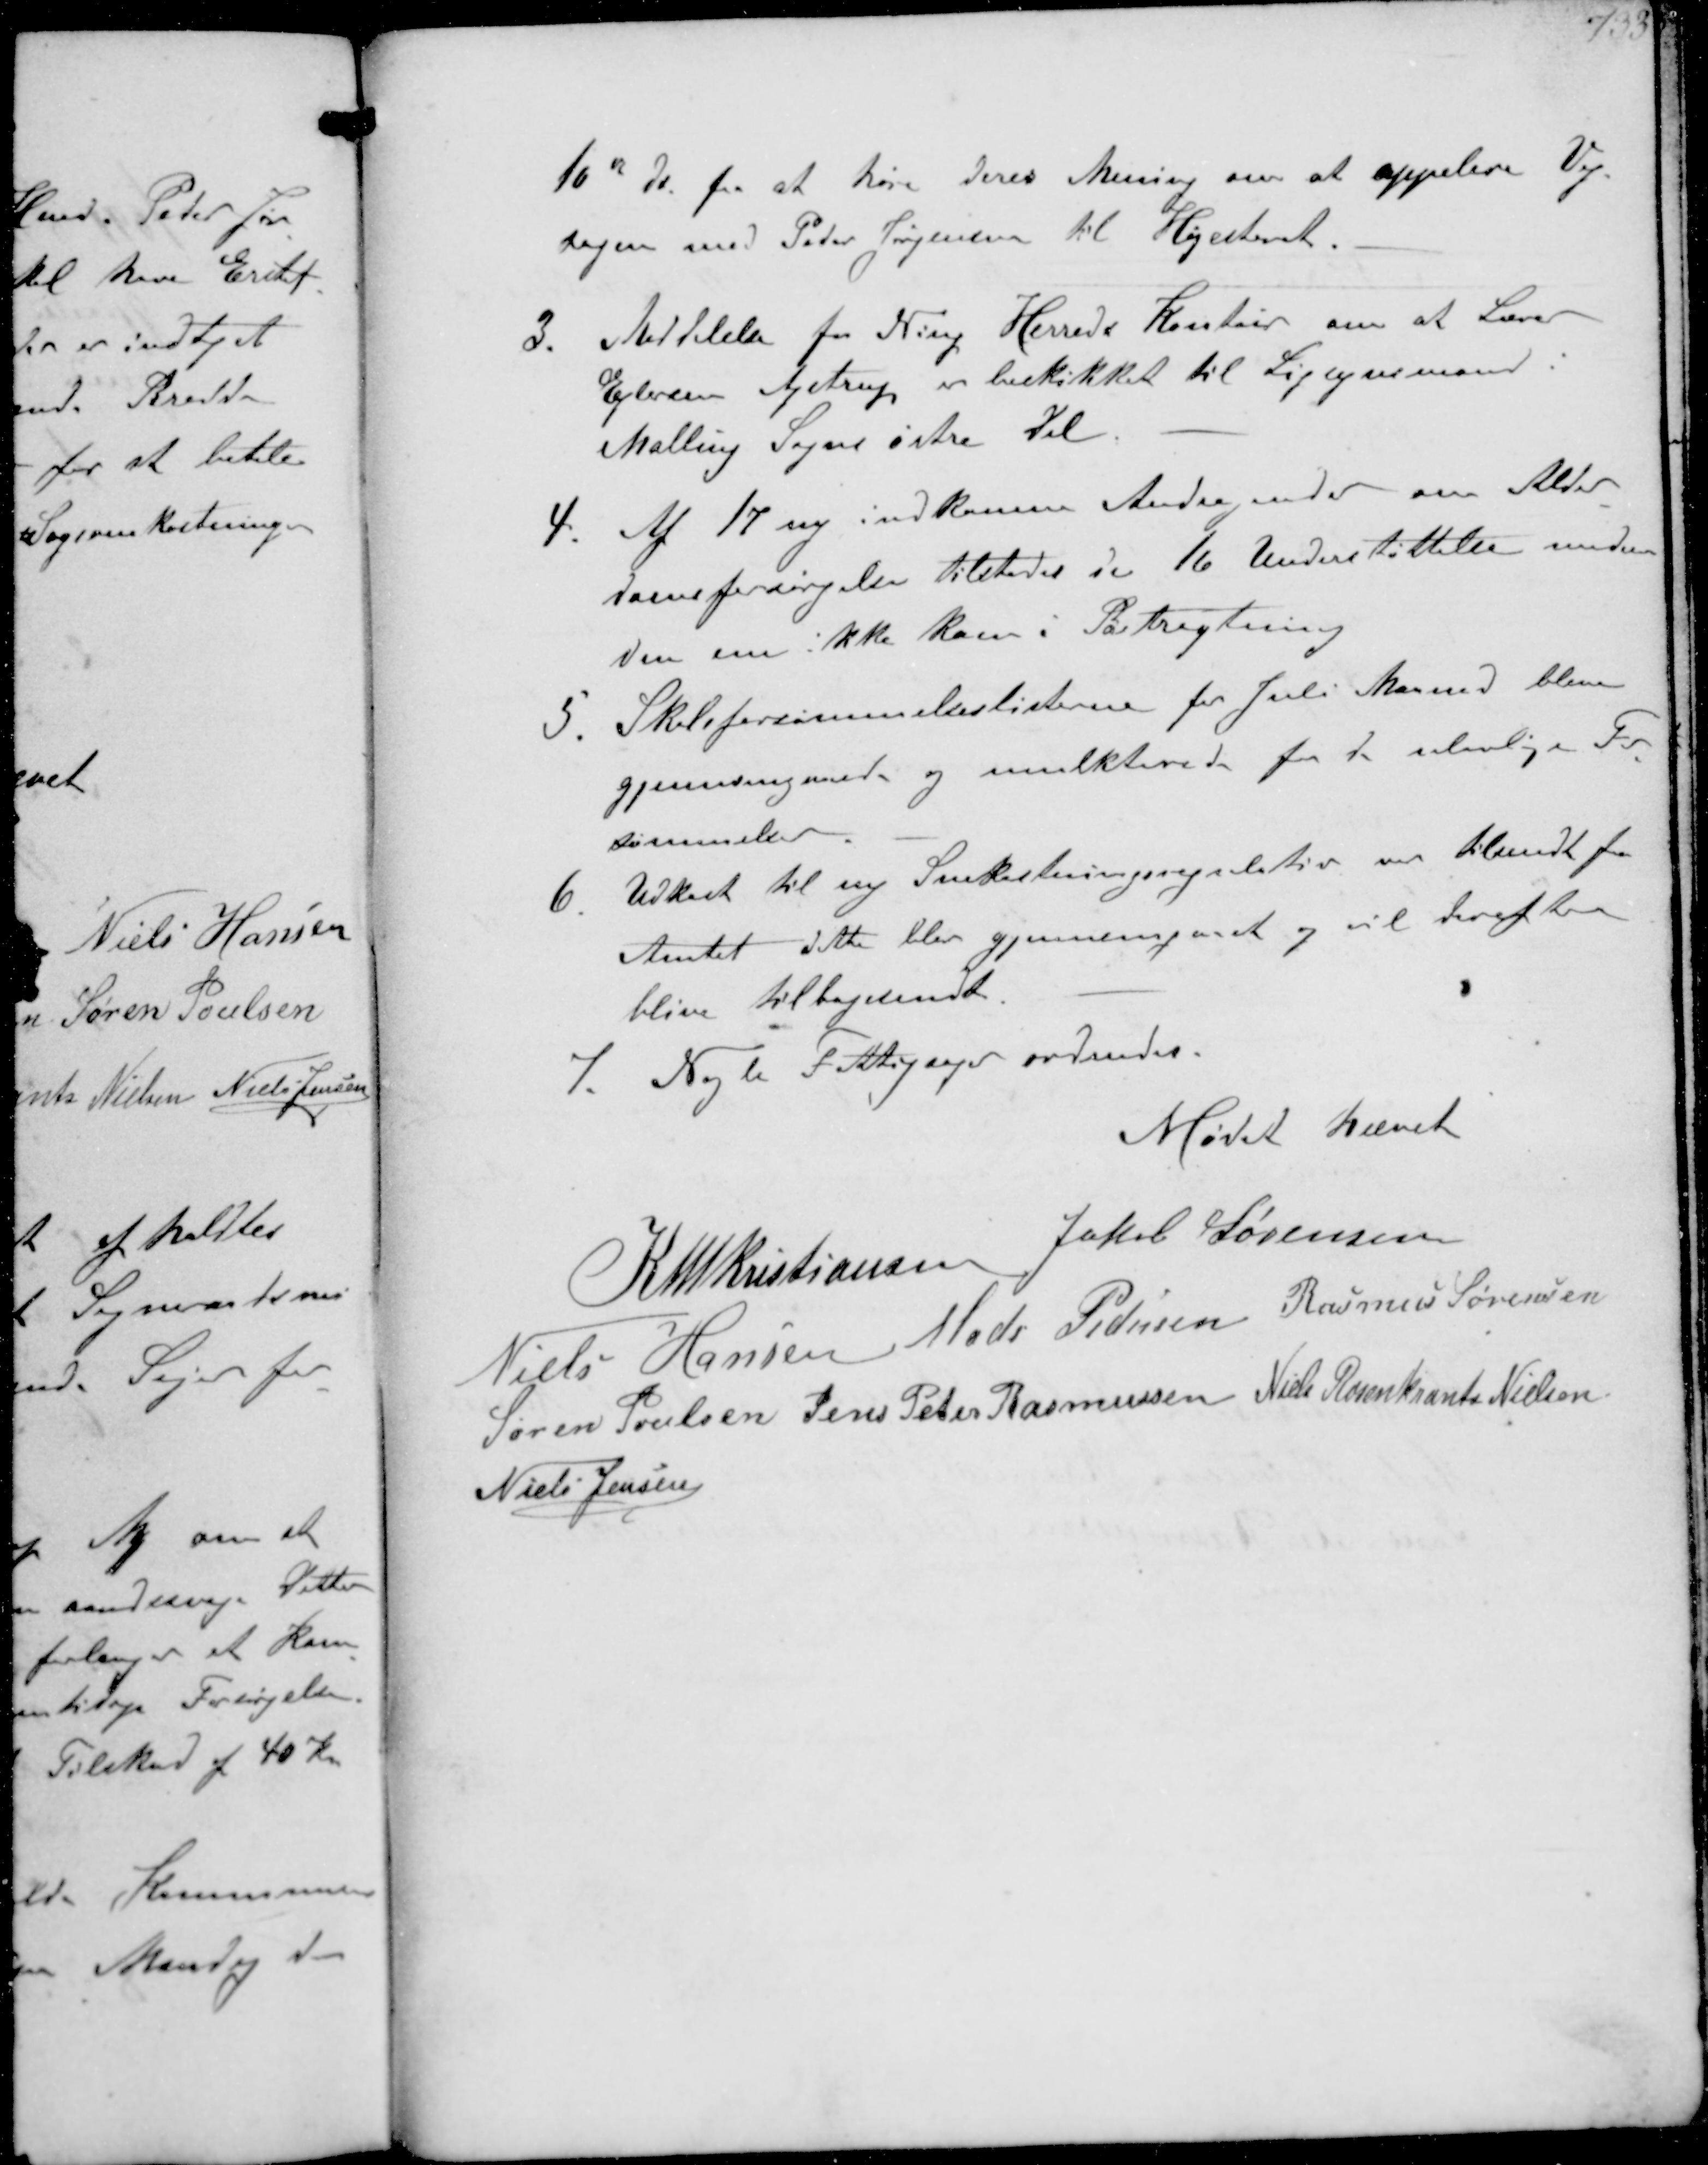
Transskription:
16d ds for at høre Deres Mening om at appelere Vej-
sagen med Peter Jørgensen til Højesteret
3. Meddelelse fra Ning Herreds Kontor om at Lærer
Ejlersen Ajstrup er beskikket til Ligsynsmand i
Mallings Sogns østre Del
4 Af 17 ny indkomne Andragender om Alder-
domsforsørgelse tilstedes de 16 Understøttelse medens
den ene ikke kom i Betragtning
5. Skoleforsømmelseslisterne for Juli Maaned bleve
gjennemgaaede og mulkterede for de ulovlige For-
sømmelser
6 Udkast til ny Snekastningsregulativ var tilsendt fra
Amtet dette blev gjennemgaaet og vil derefter
blive tilbagesendt.
7. Nogle Fattigsager ordnedes.

Mødet hævet

K N M Kristiansen Jakob Sørensen
Niels Hansen Mads Pedersen Rasmus Sørensen
Søren Poulsen Jens Peter Rasmussen Niels Rosenkrands Nielsen
Niels Jensen